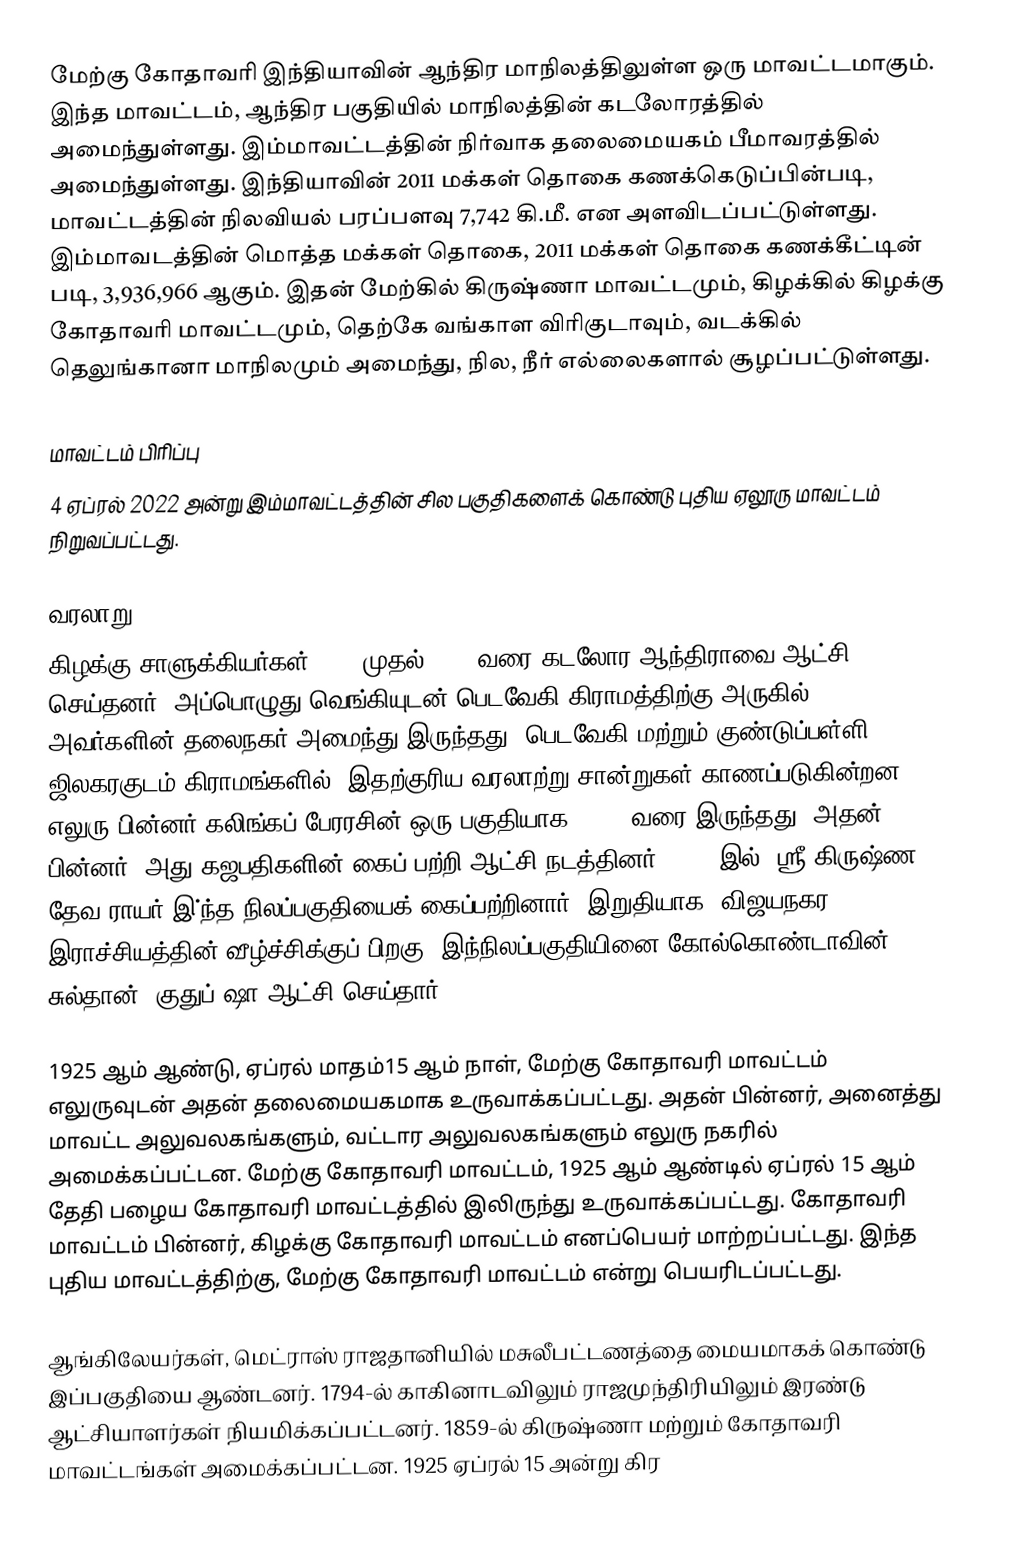
மேற்கு கோதாவரி இந்தியாவின் ஆந்திர மாநிலத்திலுள்ள ஒரு மாவட்டமாகும். இந்த மாவட்டம், ஆந்திர பகுதியில் மாநிலத்தின் கடலோரத்தில்  அமைந்துள்ளது. இம்மாவட்டத்தின் நிர்வாக தலைமையகம் பீமாவரத்தில் அமைந்துள்ளது.  இந்தியாவின் 2011 மக்கள் தொகை கணக்கெடுப்பின்படி, மாவட்டத்தின் நிலவியல் பரப்பளவு 7,742 கி.மீ. என அளவிடப்பட்டுள்ளது. இம்மாவடத்தின்  மொத்த மக்கள் தொகை, 2011 மக்கள் தொகை கணக்கீட்டின் படி, 3,936,966 ஆகும். இதன் மேற்கில் கிருஷ்ணா மாவட்டமும், கிழக்கில் கிழக்கு கோதாவரி மாவட்டமும், தெற்கே வங்காள விரிகுடாவும், வடக்கில் தெலுங்கானா மாநிலமும் அமைந்து, நில, நீர் எல்லைகளால் சூழப்பட்டுள்ளது.

மாவட்டம் பிரிப்பு
4 ஏப்ரல் 2022 அன்று இம்மாவட்டத்தின் சில பகுதிகளைக் கொண்டு புதிய ஏலூரு மாவட்டம் நிறுவப்பட்டது.

வரலாறு
கிழக்கு சாளுக்கியர்கள், 700 முதல் 1200 வரை கடலோர ஆந்திராவை ஆட்சி செய்தனர். அப்பொழுது வெங்கியுடன் பெடவேகி கிராமத்திற்கு அருகில், அவர்களின் தலைநகர் அமைந்து இருந்தது. பெடவேகி மற்றும் குண்டுப்பள்ளி ஜிலகரகுடம் கிராமங்களில், இதற்குரிய வரலாற்று சான்றுகள் காணப்படுகின்றன. எலுரு பின்னர் கலிங்கப் பேரரசின் ஒரு பகுதியாக, 1471 வரை இருந்தது. அதன் பின்னர், அது கஜபதிகளின் கைப் பற்றி ஆட்சி நடத்தினர். 1515 இல், ஸ்ரீ கிருஷ்ண தேவ ராயர் இ்ந்த நிலப்பகுதியைக் கைப்பற்றினார். இறுதியாக, விஜயநகர இராச்சியத்தின் வீழ்ச்சிக்குப் பிறகு, இந்நிலப்பகுதியினை கோல்கொண்டாவின் சுல்தான், குதுப் ஷா ஆட்சி செய்தார்.

1925 ஆம் ஆண்டு, ஏப்ரல் மாதம்15 ஆம் நாள், மேற்கு கோதாவரி மாவட்டம் எலுருவுடன் அதன் தலைமையகமாக உருவாக்கப்பட்டது. அதன் பின்னர், அனைத்து மாவட்ட அலுவலகங்களும், வட்டார அலுவலகங்களும் எலுரு நகரில் அமைக்கப்பட்டன. மேற்கு கோதாவரி மாவட்டம், 1925 ஆம் ஆண்டில் ஏப்ரல் 15 ஆம் தேதி பழைய கோதாவரி மாவட்டத்தில் இலிருந்து உருவாக்கப்பட்டது. கோதாவரி மாவட்டம் பின்னர், கிழக்கு கோதாவரி மாவட்டம் எனப்பெயர் மாற்றப்பட்டது. இந்த புதிய மாவட்டத்திற்கு, மேற்கு கோதாவரி மாவட்டம் என்று பெயரிடப்பட்டது.

ஆங்கிலேயர்கள்,  மெட்ராஸ் ராஜதானியில் மசுலீபட்டணத்தை மையமாகக் கொண்டு இப்பகுதியை ஆண்டனர். 1794-ல் காகினாடவிலும் ராஜமுந்திரியிலும் இரண்டு ஆட்சியாளர்கள் நியமிக்கப்பட்டனர். 1859-ல் கிருஷ்ணா மற்றும் கோதாவரி மாவட்டங்கள் அமைக்கப்பட்டன. 1925 ஏப்ரல் 15 அன்று கிர